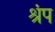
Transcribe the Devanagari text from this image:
श्रृंप